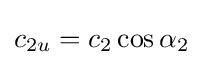
c_{2u}=c_{2}\cos \alpha _{2}